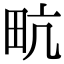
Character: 㽘